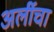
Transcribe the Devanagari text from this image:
अर्लीचा